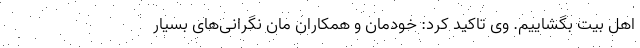
اهل بیت بگشاییم. وی تاکید کرد: خودمان و همکاران مان نگرانی‌‌های بسیار